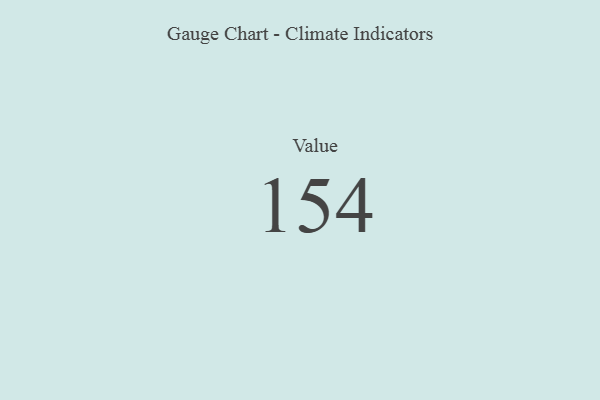
{"axis": {"x": "Metric", "y": "Value"}, "legend": [""], "data": [{"x": "Value", "y": 154, "type": ""}]}